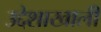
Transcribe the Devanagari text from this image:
उद्देशाखाली